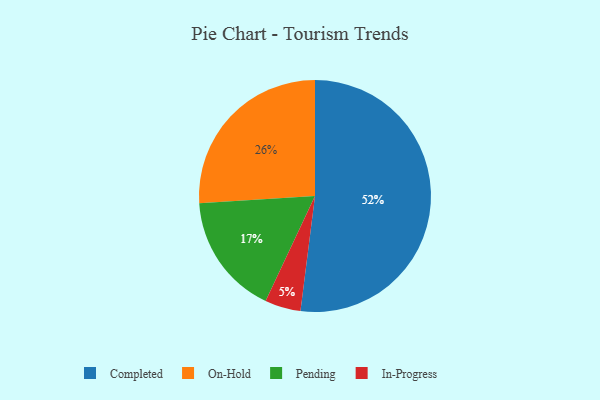
{"axis": {"x": "Category", "y": "Percentage"}, "legend": ["Completed", "In-Progress", "On-Hold", "Pending"], "data": [{"x": "Pending", "y": 17, "type": "Pending"}, {"x": "Completed", "y": 52, "type": "Completed"}, {"x": "On-Hold", "y": 26, "type": "On-Hold"}, {"x": "In-Progress", "y": 5, "type": "In-Progress"}]}